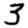
Digit: 3